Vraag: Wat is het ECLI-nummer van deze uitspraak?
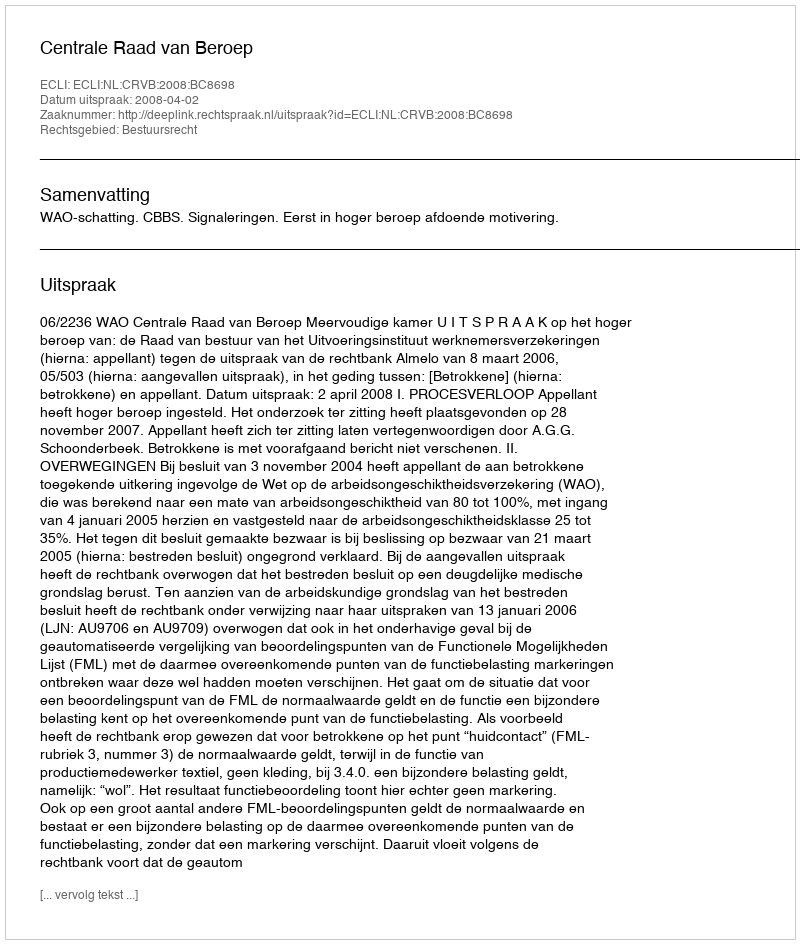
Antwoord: ECLI:NL:CRVB:2008:BC8698